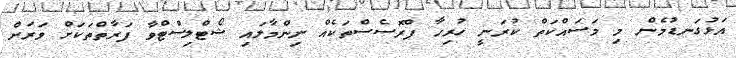
އަޅުގަނޑުމެން މި މަސައްކަތް ކުރަނީ ހުރިހާ ޕްރޮސެސްތަކެއް ނިންމާލައި ޝޯޓްލިސްޓްވާ ފަރާތްތަކަށް ވަރަށް